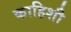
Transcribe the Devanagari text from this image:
काहिशी